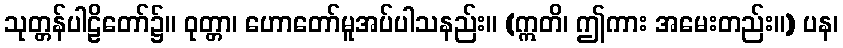
သုတ္တန်ပါဠိတော်၌။ ဝုတ္တာ၊ ဟောတော်မူအပ်ပါသနည်း။ (ဣတိ၊ ဤကား အမေးတည်း။) ပန၊